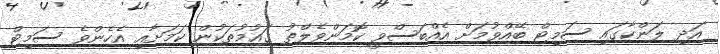
އަދި ލަންކާގައި ސަމިޓް ބޭއްވުމަށް އެއްބަސްވީ ކޮމަންވެލްތު ގައުމުތަކުން ކަމަށާއި އެހެންވެ ސަމިޓް